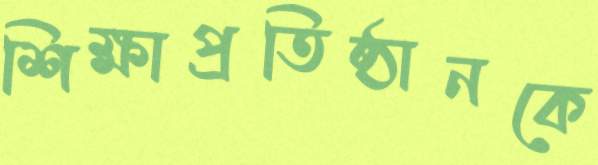
শিক্ষাপ্রতিষ্ঠানকে